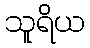
သူရိယ